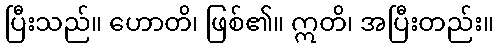
ပြီးသည်။ ဟောတိ၊ ဖြစ်၏။ ဣတိ၊ အပြီးတည်း။